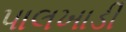
પાલખાડી